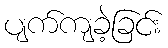
ပျက်ကျခဲ့ခြင်း